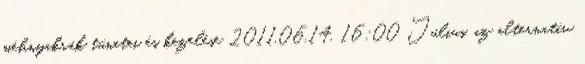
méhnyakrák tünetei és kezelése 2011.06.14. 16:00 Július, az alternatív